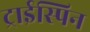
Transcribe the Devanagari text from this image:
ट्राईस्पिन